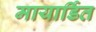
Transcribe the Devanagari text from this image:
मायार्डित